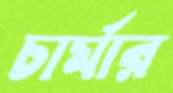
চার্মার